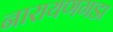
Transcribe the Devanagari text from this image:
नारायणगडा